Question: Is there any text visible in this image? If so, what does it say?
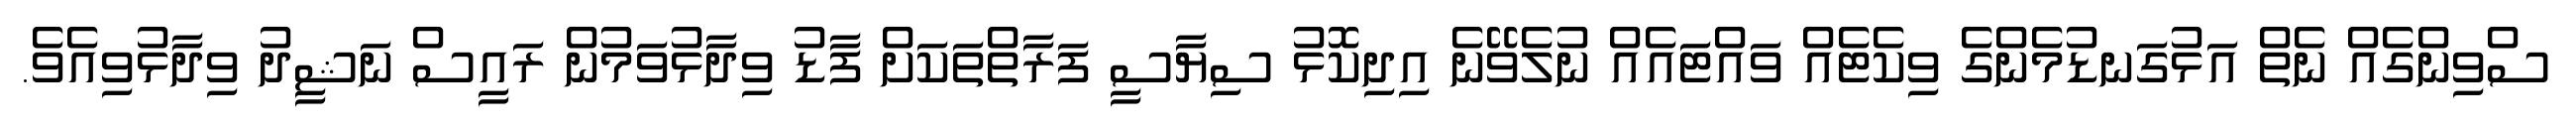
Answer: ސްވިންގެއް ނެތް އަޅުގަނޑުމެންގެ ވިކެޓެއް ވައްޓައެއް ނުލެވޭނެ އިދިކޮޅު ސިޔާސީ ފަރާތްތަކަށް ފާޑު ވިދާޅުވަމުން ރައީސް ނަޝީދު ވިދާޅުވިއެވެ.